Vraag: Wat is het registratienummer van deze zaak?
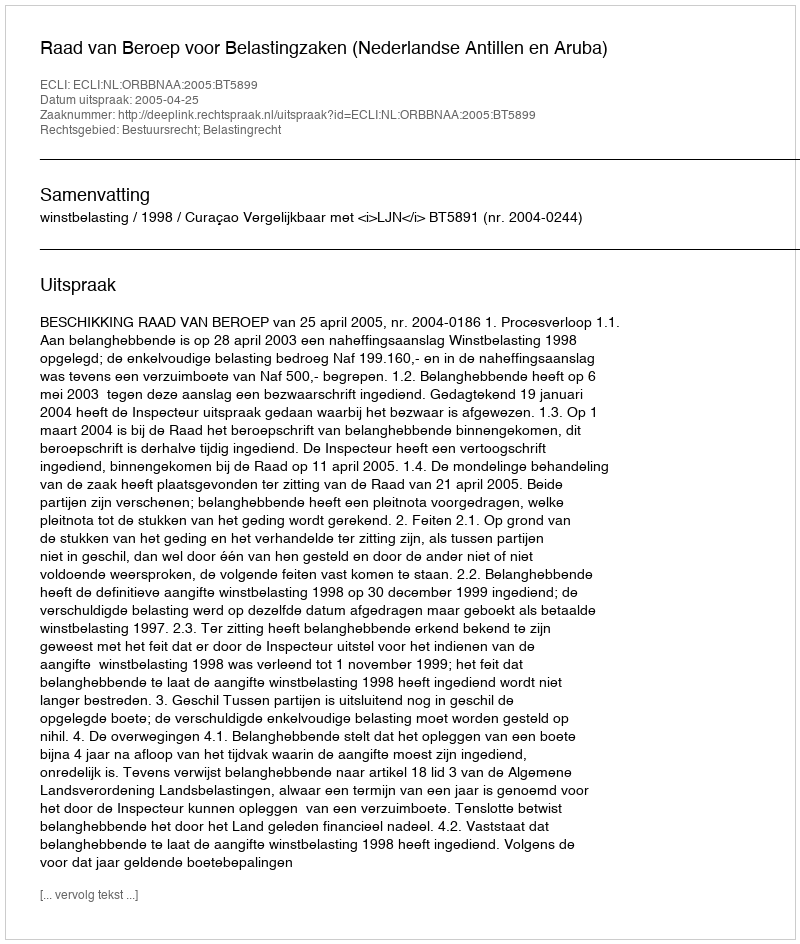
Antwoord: http://deeplink.rechtspraak.nl/uitspraak?id=ECLI:NL:ORBBNAA:2005:BT5899